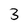
Character: 3